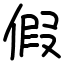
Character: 假